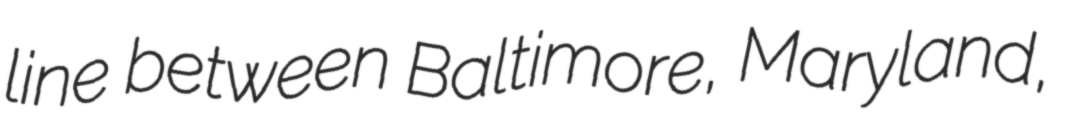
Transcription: line between Baltimore, Maryland,